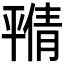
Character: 𫷝